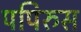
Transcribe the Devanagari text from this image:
पपिरुस